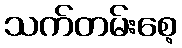
သက်တမ်းစေ့